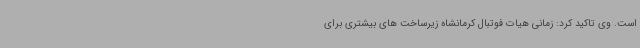
است. وی تاکید کرد: زمانی هیات فوتبال کرمانشاه زیرساخت های بیشتری برای